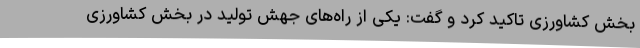
بخش کشاورزی تاکید کرد و گفت: یکی از راه‌های جهش تولید در بخش کشاورزی